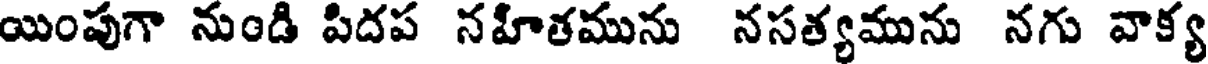
యింపుగా నుండి పిదప నహితమును నసత్యమును నగు వాక్య